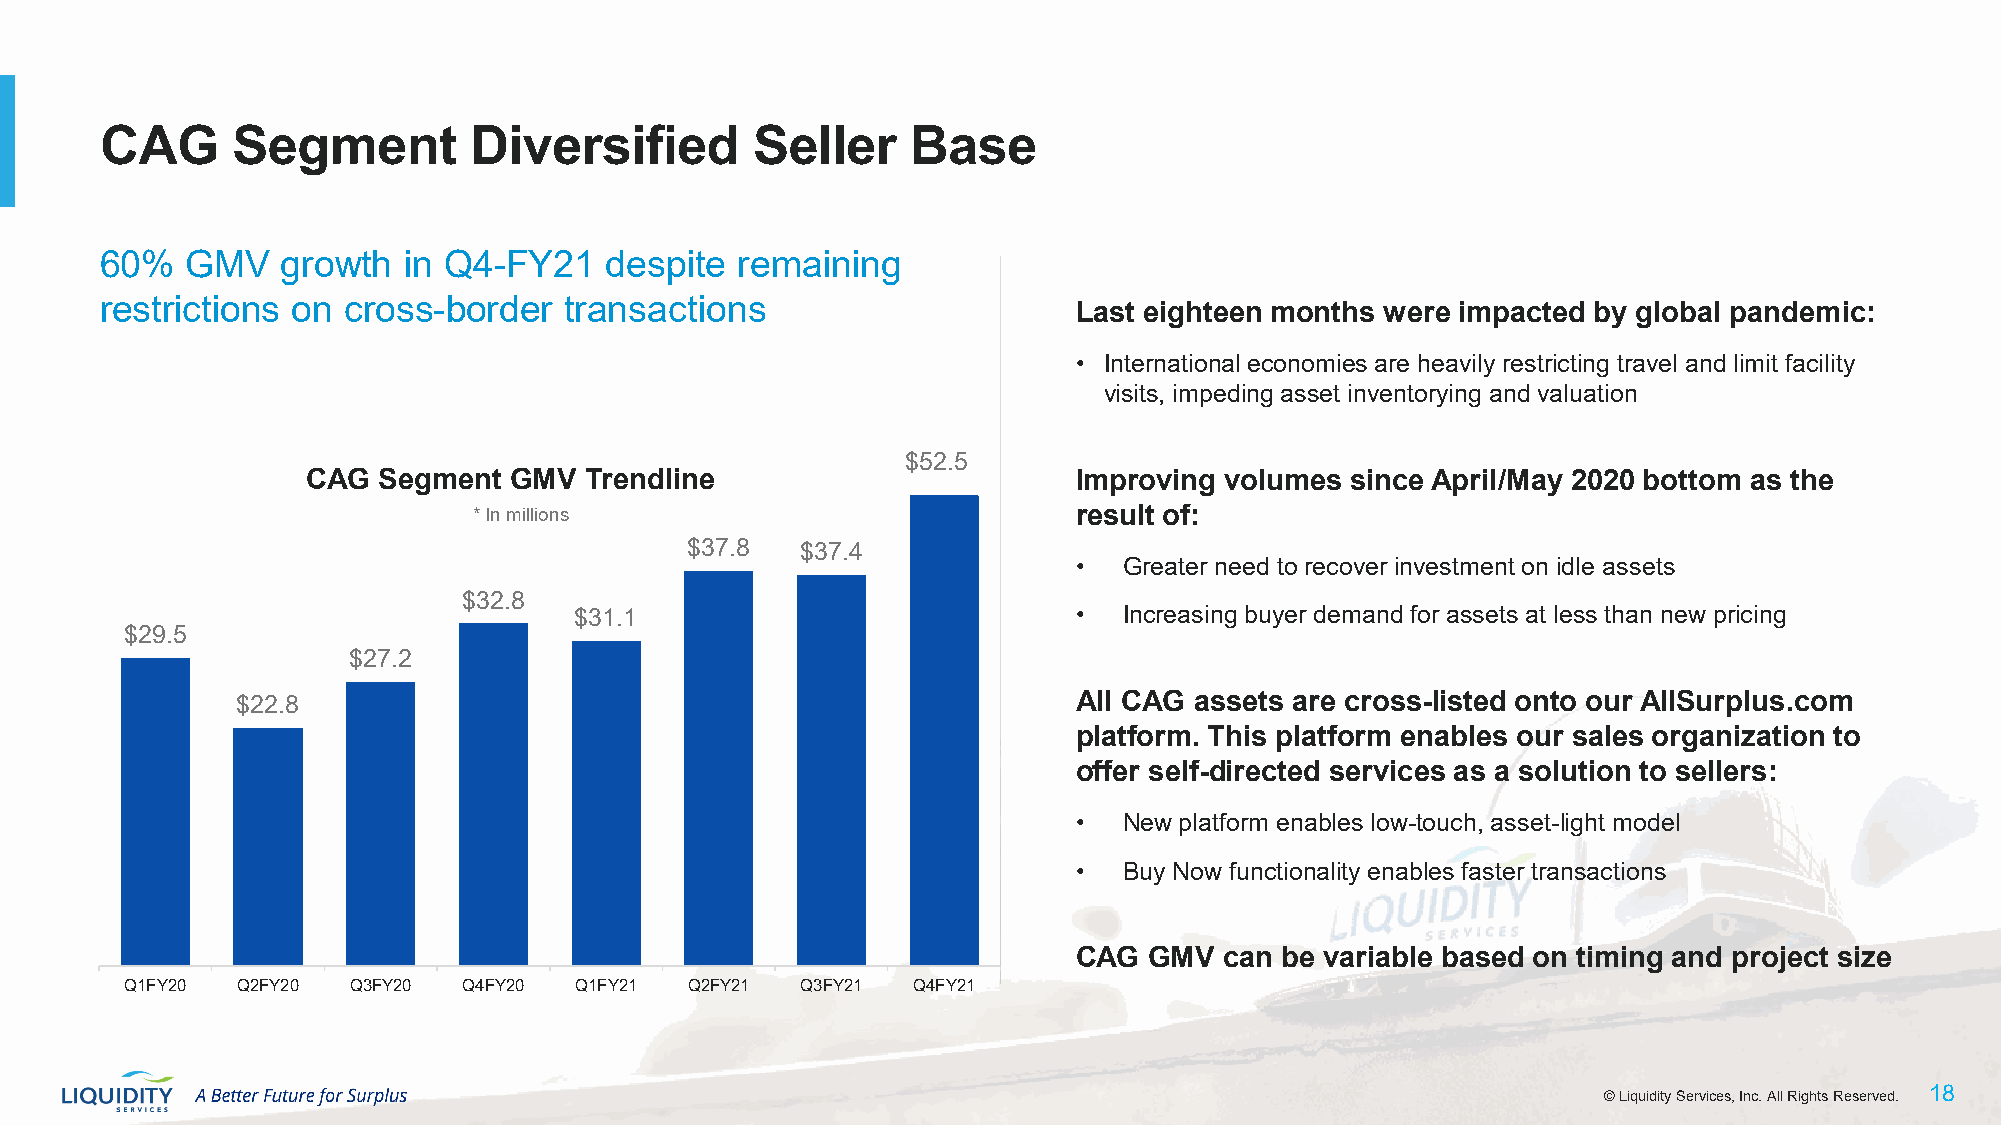
CAG     Segment         Diversified        Seller    Base
 60%  GMV    growth  in Q4-FY21   despite  remaining
 restrictions on cross-border  transactions
 Last eighteen months were impacted by global pandemic:
 • International economies are heavily restricting travel and limit facility
 visits, impeding asset inventorying and valuation
 $52.5
 CAG  Segment  GMV  Trendline                       Improving volumes since April/May 2020 bottom as the
 * In millions                           result of:
 $37.8   $37.4
 •  Greater need to recover investment on idle assets
 $32.8
 $31.1                            •  Increasing buyer demand for assets at less than new pricing
 $29.5
 $27.2
 $22.8                                                  All CAG assets are cross-listed onto our AllSurplus.com
 platform. This platform enables our sales organization to
 offer self-directed services as a solution to sellers:
 •  New platform enables low-touch, asset-light model
 •  Buy Now functionality enables faster transactions
 CAG  GMV  can be variable based on timing and project size
 Q1FY20  Q2FY20 Q3FY20  Q4FY20 Q1FY21  Q2FY21 Q3FY21 Q4FY21
 ©© LLiiqquuiiddiittyy SSeerrvviicceess,, IInncc.. AAllll RRiigghhttss RReesseerrvveedd.. 1188